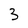
Character: 3